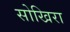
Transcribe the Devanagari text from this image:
सोखिरा